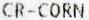
CR-CORN